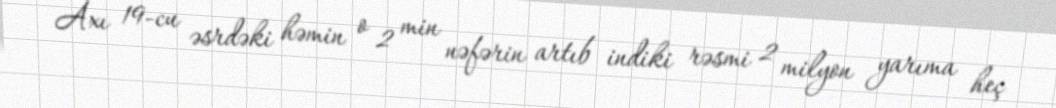
Axı 19-cu əsrdəki həmin o 2 min nəfərin artıb indiki rəsmi 2 milyon yarıma heç